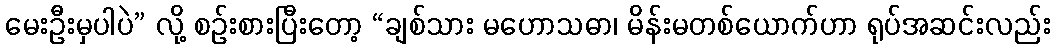
မေးဦးမှပါပဲ” လို့ စဉ်းစားပြီးတော့ “ချစ်သား မဟောသဓာ၊ မိန်းမတစ်ယောက်ဟာ ရုပ်အဆင်းလည်း